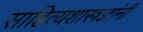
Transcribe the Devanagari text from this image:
साहित्यशास्त्रज्ञांनी